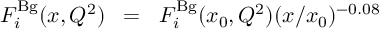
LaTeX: F _ { i } ^ { \mathrm { B g } } ( x , Q ^ { 2 } ) \; \; = \; \; F _ { i } ^ { \mathrm { B g } } ( x _ { 0 } , Q ^ { 2 } ) ( x / x _ { 0 } ) ^ { - 0 . 0 8 }